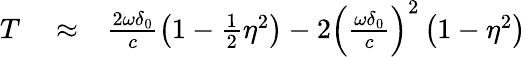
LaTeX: \begin{array}{rlr}{T}&{{}\approx}&{\frac{2\omega\delta_{0}}{c}\left(1-\frac{1}{2}\eta^{2}\right)-2\left(\frac{\omega\delta_{0}}{c}\right)^{2}\left(1-\eta^{2}\right)}\end{array}